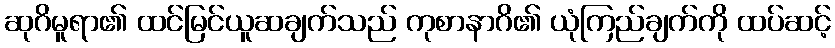
ဆုဂိမူရာ၏ ထင်မြင်ယူဆချက်သည် ကုစာနာဂိ၏ ယုံကြည်ချက်ကို ထပ်ဆင့်